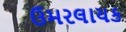
ઉમરલાયક